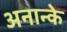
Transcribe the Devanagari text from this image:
अनान्के